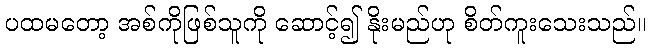
ပထမတော့ အစ်ကိုဖြစ်သူကို ဆောင့်၍ နိုးမည်ဟု စိတ်ကူးသေးသည်။